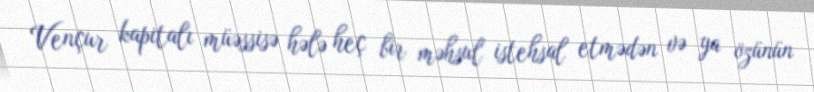
Vençur kapitalı müəssisə hələ heç bir məhsul istehsal etmədən və ya özünün